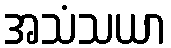
အသံသယာ